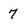
Character: 7